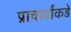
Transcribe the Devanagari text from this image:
प्राचार्यांकडे